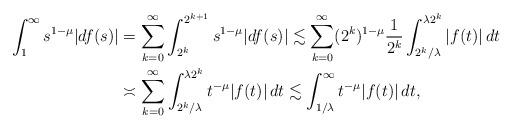
LaTeX: \begin{align*}\int_{1}^\infty s^{1-\mu}|df(s)| &=\sum_{k=0}^\infty \int_{2^k}^{2^{k+1}} s^{1-\mu}|df(s)|\lesssim \sum_{k=0}^\infty (2^k)^{1-\mu} \frac{1}{2^k}\int_{2^k/\lambda}^{\lambda 2^k}|f(t)|\, dt \\&\asymp \sum_{k=0}^\infty \int_{2^k/\lambda}^{\lambda 2^k} t^{-\mu}|f(t)|\, dt \lesssim \int_{1/\lambda}^\infty t^{-\mu}|f(t)|\, dt,\end{align*}